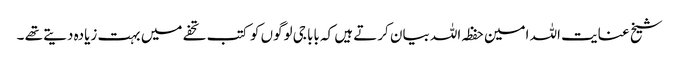
شیخ عنایت اللہ امین حفظہ اللہ بیان کرتے ہیں کہ بابا جی لوگوں کو کتب تحفے میں بہت زیادہ دیتے تھے ۔